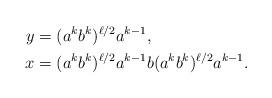
LaTeX: \begin{align*} y &= (a^k b^k)^{\ell/2} a^{k-1},\\ x &= (a^k b^k)^{\ell/2} a^{k-1}b (a^k b^k)^{\ell/2} a^{k-1}.\end{align*}